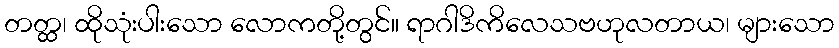
တတ္ထ၊ ထိုသုံးပါးသော လောကတို့တွင်။ ရာဂါဒိကိလေသဗဟုလတာယ၊ များသော